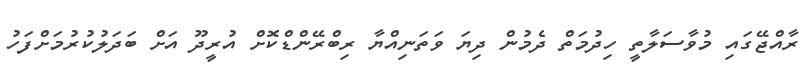
ރާއްޖޭގައި މުވާސަލާތީ ހިދުމަތް ދެމުން ދިޔަ ވަތަނިއްޔާ ރިބްރޭންޑްކޮށް އުރީދޫ އަށް ބަދަލުކުރުމަށްފަހު